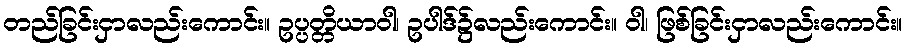
တည်ခြင်းငှာလည်းကောင်း။ ဥပ္ပတ္တိယာဝါ၊ ဥပါဒ်၌လည်းကောင်း။ ဝါ၊ ဖြစ်ခြင်းငှာလည်းကောင်း။